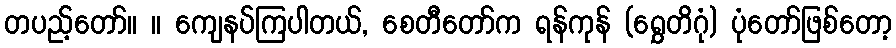
တပည့်တော်။ ။ ကျေနပ်ကြပါတယ်, စေတီတော်က ရန်ကုန် (ရွှေတိဂုံ) ပုံတော်ဖြစ်တော့